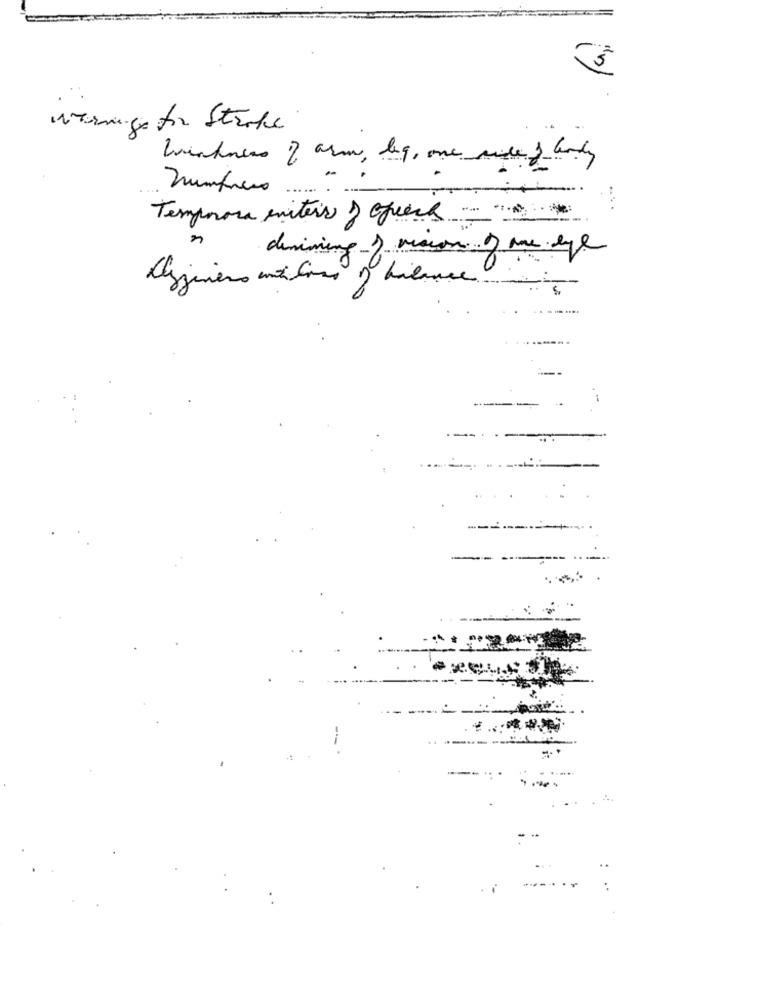
Wtornegen for Sterke
Winners of arm, leg, one mile & lady
Tempora miters ) queca-
demining ) vision of one eye
,000
----
-
..